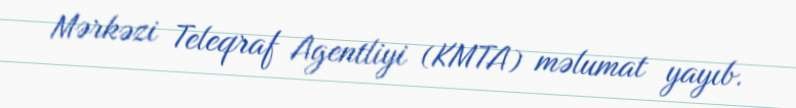
Mərkəzi Teleqraf Agentliyi (KMTA) məlumat yayıb.